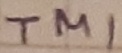
Text: TM1